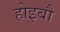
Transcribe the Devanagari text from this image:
होइबौ